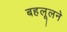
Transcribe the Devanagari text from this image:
बहलूलने